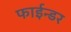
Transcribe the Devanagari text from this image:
फाईन्डर